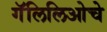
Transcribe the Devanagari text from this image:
गॅलिलिओचे